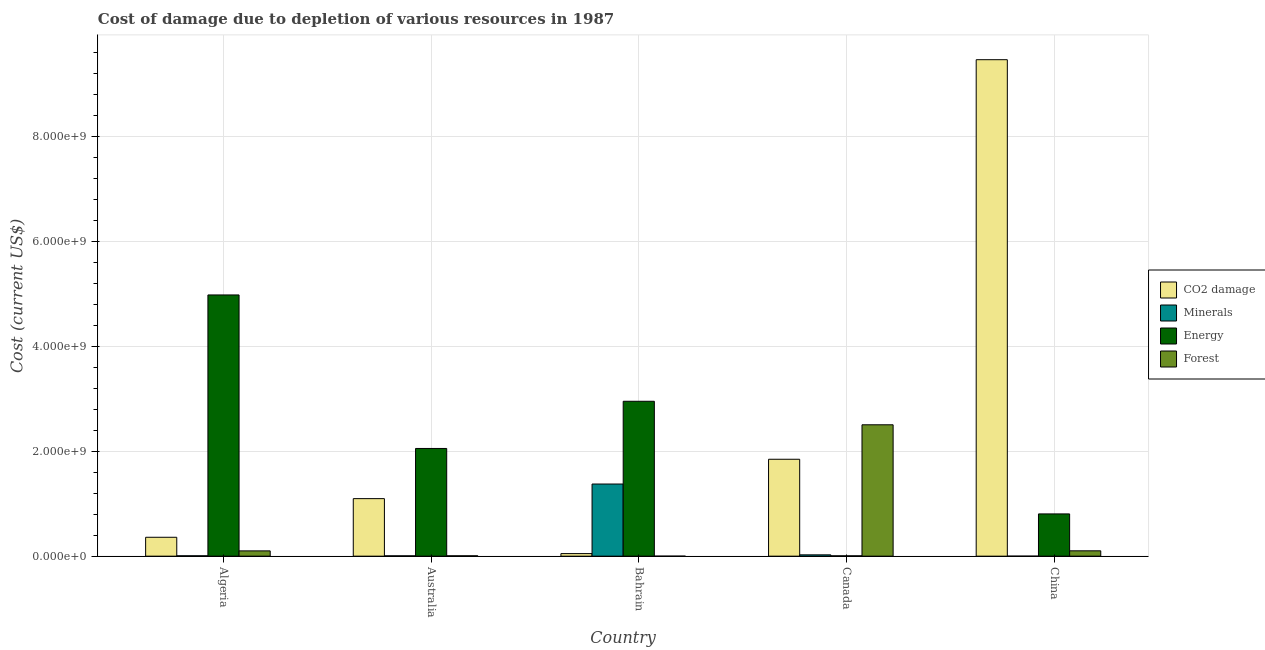
| Country | CO2 damage | Minerals | Energy | Forest |
 | --- | --- | --- | --- | --- |
 | Algeria | 3.6e+08 | 7.39e+06 | 4.97e+09 | 1.01e+08 |
 | Australia | 1.1e+09 | 6.31e+06 | 2.05e+09 | 7.12e+06 |
 | Bahrain | 4.89e+07 | 1.37e+09 | 2.95e+09 | 1.92e+05 |
 | Canada | 1.85e+09 | 2.52e+07 | 6.45e+06 | 2.5e+09 |
 | China | 9.46e+09 | 1.84e+04 | 8.05e+08 | 1.02e+08 |